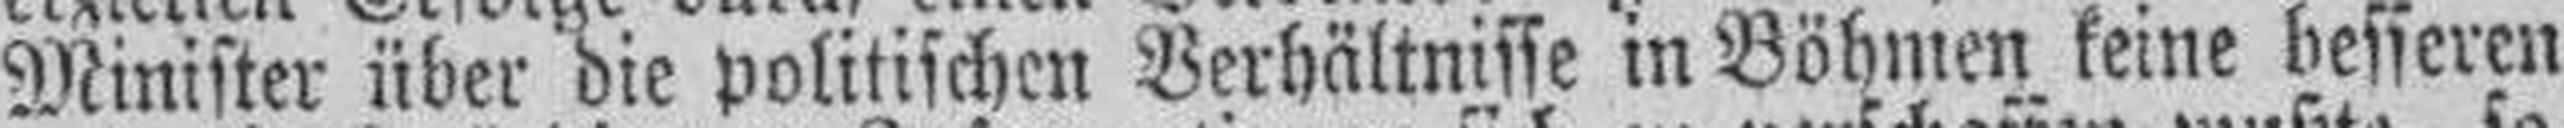
Minister über die politischen Verhältnisse in Böhmen keine besseren